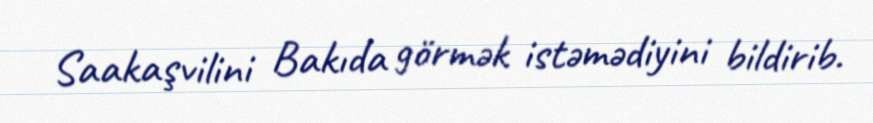
Saakaşvilini Bakıda görmək istəmədiyini bildirib.